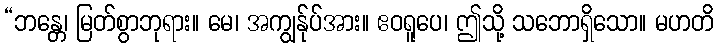
“ဘန္တေ၊ မြတ်စွာဘုရား။ မေ၊ အကျွန်ုပ်အား။ ဧဝရူပေ၊ ဤသို့ သဘောရှိသော။ မဟတိ